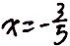
x = - \frac { 3 } { 5 }